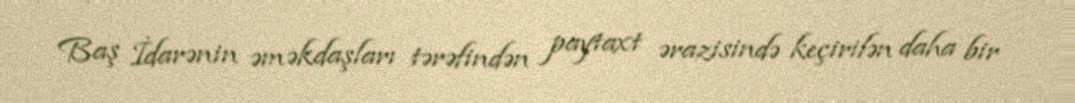
Baş İdarənin əməkdaşları tərəfindən paytaxt ərazisində keçirilən daha bir